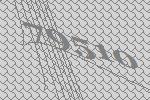
79510